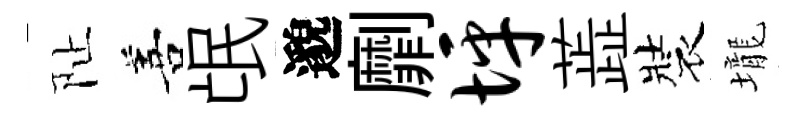
阯善氓邈劘坪蕋裝壠